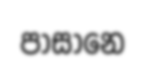
පාසානෙ